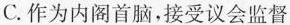
C.作为内阁首脑，接受议会监督